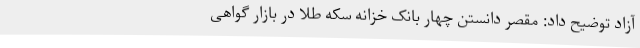
آزاد توضیح داد: مقصر دانستن چهار بانک خزانه سکه طلا در بازار گواهی